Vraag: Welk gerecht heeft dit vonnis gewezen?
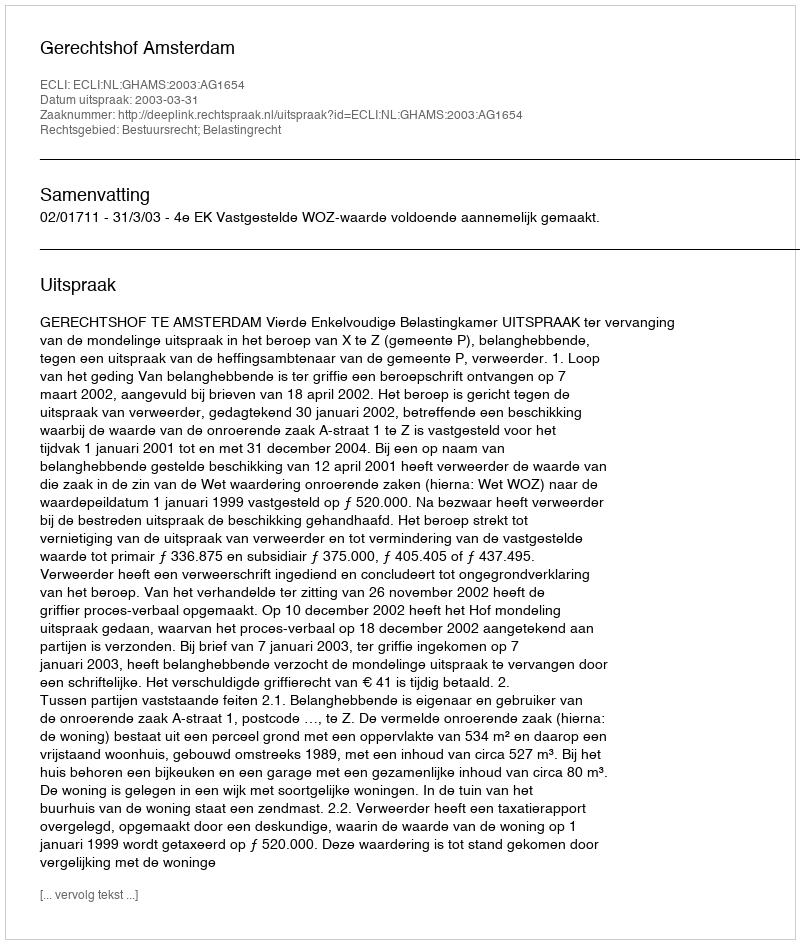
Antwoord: Gerechtshof Amsterdam